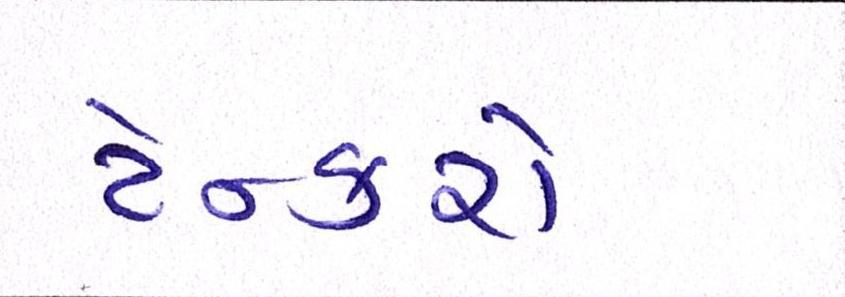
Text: ટેન્કરો